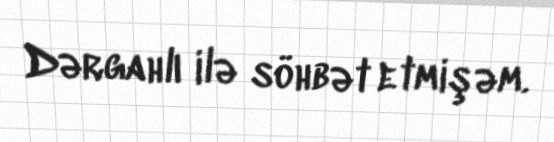
Dərgahlı ilə söhbət etmişəm.